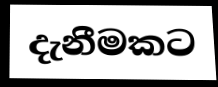
දැනීමකට